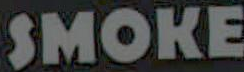
SMOKE